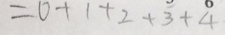
= 0 + 1 + 2 + 3 + 4